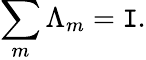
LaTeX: \sum_{m}\Lambda_{m}=\mathtt{I}.